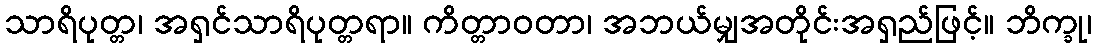
သာရိပုတ္တ၊ အရှင်သာရိပုတ္တရာ။ ကိတ္တာဝတာ၊ အဘယ်မျှအတိုင်းအရှည်ဖြင့်။ ဘိက္ခု၊